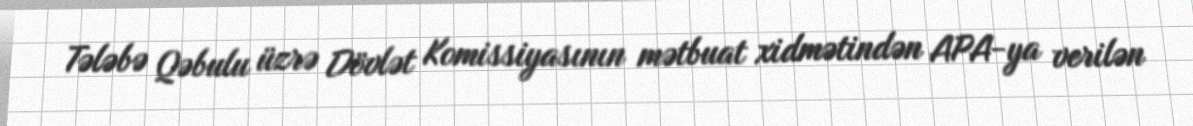
Tələbə Qəbulu üzrə Dövlət Komissiyasının mətbuat xidmətindən APA-ya verilən